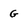
Character: G